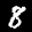
Label: 8